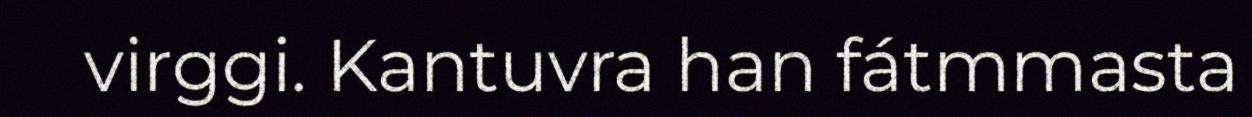
virggi. Kantuvra han fátmmasta